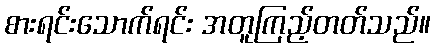
စားရင်းသောက်ရင်း အတူကြည့်တတ်သည်။